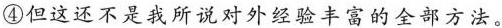
④但这还不是我所说对外经验丰富的全部方法。